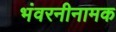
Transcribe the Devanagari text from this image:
भंवरनीनामक